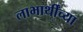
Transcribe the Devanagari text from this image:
लाभार्थींच्या